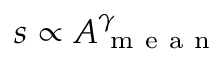
s \propto A _ { \mathrm { ~ m ~ e ~ a ~ n ~ } } ^ { \gamma }